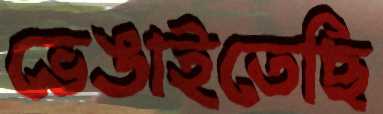
ভেঙাইতেছি